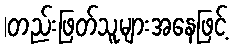
|တည်းဖြတ်သူများအနေဖြင့်